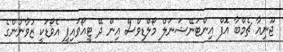
ޖޫނިއާ ޗެމްބާ އޮފް އިންޓަނޭޝަނަލް މޯލްޑިވްސް އިން ދޭ ޓީއޯވައިޕީ އެވޯޑަކީ ޒުވާނުންގެ